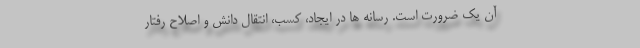
آن یک ضرورت است. رسانه ها در ایجاد، کسب، انتقال دانش و اصلاح رفتار